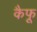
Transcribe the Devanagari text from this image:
कैफू